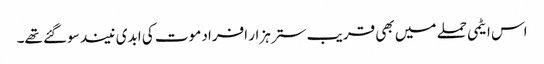
اس ایٹمی حملے میں بھی قریب ستر ہزار افراد موت کی ابدی نیند سوگئے تھے۔